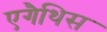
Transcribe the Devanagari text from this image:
एगैथिस